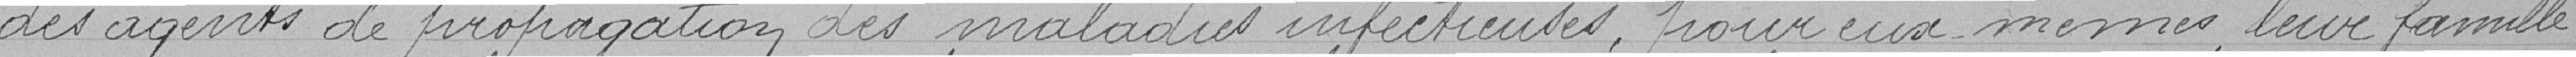
des agents de propagation des maladies infectieuses pour eux-mêmes, leur famille